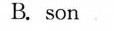
B. son